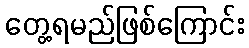
တွေ့ရမည်ဖြစ်ကြောင်း